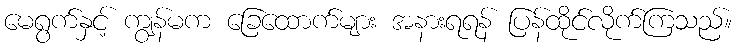
မေရွက်နှင့် ကျွန်မက ခြေထောက်များ အနားရရန် ပြန်ထိုင်လိုက်ကြသည်။